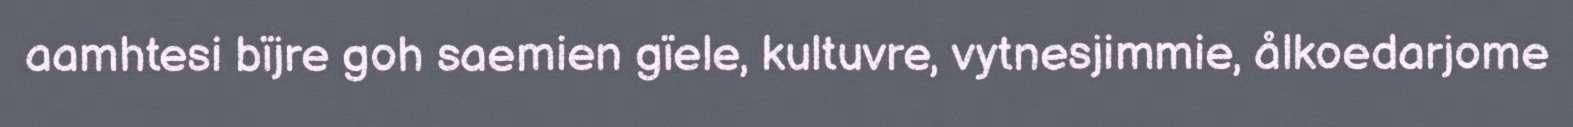
aamhtesi bïjre goh saemien gïele, kultuvre, vytnesjimmie, ålkoedarjome